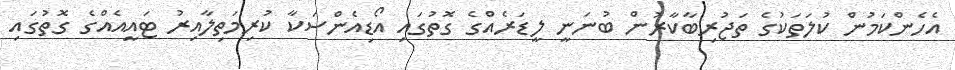
އެހެންކަމުން ކުލަތަކުގެ ތަޖުރިބާކާރުން ބުނަނީ ލީޑަރެއްގެ ގޮތުގައި އޯޑިއެންސަކާ ކުރިމަތިލާއިރު ޓައީއެއްގެ ގޮތުގައި